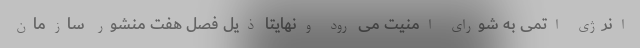
انرژی اتمی به شورای امنیت می رود ونهایتا ذیل فصل هفت منشور سازمان